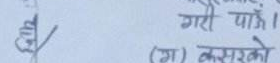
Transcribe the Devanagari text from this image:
श्री गरो पाएँ। (ग) कसरेको